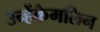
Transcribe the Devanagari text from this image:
उन्हेंकैमलिन